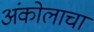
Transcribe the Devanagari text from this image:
अंकोलाचा